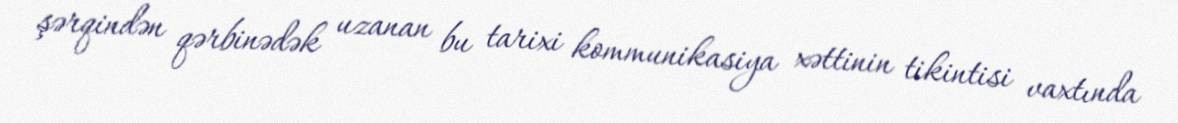
şərqindən qərbinədək uzanan bu tarixi kommunikasiya xəttinin tikintisi vaxtında